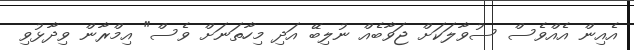
އެއިން އެއްވެސް ސުވާލަކަށް ޖަވާބެއް ނުލިބޭ އަދި މިހާތަނަށް ވެސް" އިމްރާން ވިދާޅުވި